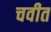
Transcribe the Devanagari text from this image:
चवीत